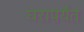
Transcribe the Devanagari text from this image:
घरापर्यंत